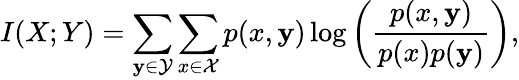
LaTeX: I(X;Y)=\sum_{\mathbf{y}\in\mathcal{{Y}}}\sum_{x\in\mathcal{{X}}}p(x,\mathbf{y})\log\left(\frac{{p(x,\mathbf{y})}}{{p(x)p(\mathbf{y})}}\right),